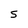
Character: S